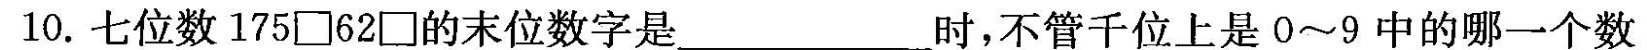
10.七位数175\Box62\Box的末位数字是_________时，不管千位上是0~9中的哪一个数